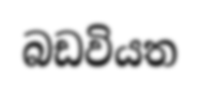
බඩවියත